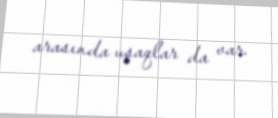
arasında uşaqlar da var.